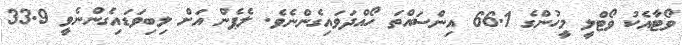
ވޯޓާއެކު ވޯޓްލީ މީހުންގެ 66.1 އިންސައްތަ ހޯއްދަވައިގެންނެވެ. ލެޕެން އަށް ލިބިވަޑައިގެންނެވީ 33.9